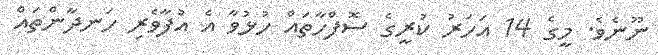
ނޫނެވެ. މީގެ 14 އަހަރު ކުރީގެ ސޮފްހާތައް ހުޅުވާ އެ އުފާވެރި ހަނދާންތައް